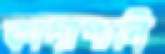
কাদাপানি